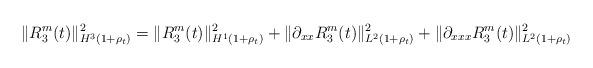
LaTeX: \begin{align*}\Vert R_3^m(t)\Vert_{H^3(1+\rho_t)}^2 = \Vert R_3^m(t)\Vert_{H^1(1+\rho_t)}^2 + \Vert \partial_{xx}R_3^m(t)\Vert_{L^2(1+\rho_t)}^2 +\Vert \partial_{xxx} R_3^m(t)\Vert_{L^2(1+\rho_t)}^2\end{align*}